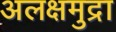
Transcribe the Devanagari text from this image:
अलक्षमुद्रा